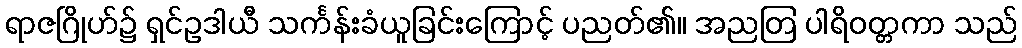
ရာဇဂြိုဟ်၌ ရှင်ဥဒါယီ သင်္ကန်းခံယူခြင်းကြောင့် ပညတ်၏။ အညတြ ပါရိဝတ္တကာ သည်